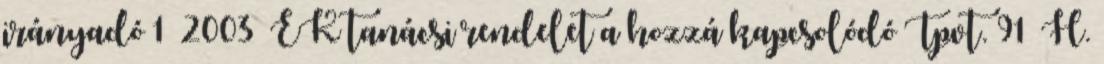
irányadó 1 2003 EK tanácsi rendelet a hozzá kapcsolódó Tpvt. 91 H.